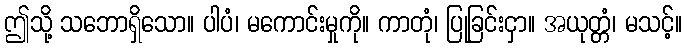
ဤသို့ သဘောရှိသော။ ပါပံ၊ မကောင်းမှုကို။ ကာတုံ၊ ပြုခြင်းငှာ။ အယုတ္တံ၊ မသင့်။